Annual report on the working of the mental hospitals in the Madras Presidency - 1912-1932
Year: 1912
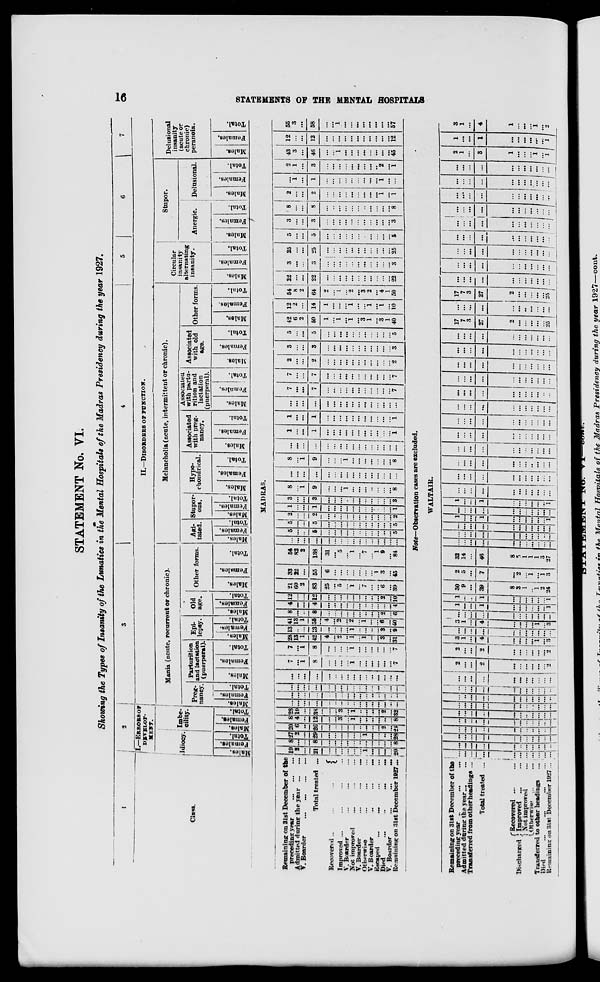
16
STATEMENTS OF THE MENTAL HOSPITALS
STATEMENT No. VI.
Showing the Types of Insanity of the Lunatics in the Mental Hospitals of the Madras Presidency during the year 1927.
1
Class.
2
I.—ERRORS OF
DEVELOP¬
MENT.
Idiocy.
Males.
Females.
Total.
Imbe¬
cility.
Males.
Females.
Total.
3
4
5
6
7
II.—DISORDERS OF FUNCTION.
Mania (acute, recurrent or chronic).
Preg-
nancy
Males.
Females.
Total.
Parturition
and lactation
(puerperal)
Males.
Females.
Total.
Epi-
lepsy.
Males.
Females.
Total.
Old
age.
Males.
Females.
Total.
Other forms.
Males.
Females.
Total.
Melancholia (acute, intermittent or chronic).
Agi-
tated.
Males.
Females.
Total.
Stupor¬
ous.
Males.
Females.
Total.
Hypo¬
chondrical.
Males.
Females.
Total.
Associated
with preg-
nancy.
Males.
Females.
Total.
Associated
with partu-
rition and
lactation
(puerperal).
Males.
Females.
Total.
Associated
with old
age.
Males.
Females.
Total.
Other forms
Males.
Females.
Total.
Circular
insanity
alternating
insanity.
Males.
Females.
Total.
Stupor.
Anergic.
Males.
Females.
Total.
Delusional.
Males.
Females.
Total.
Delusional
insanity
(acute or
chronic)
peranoia.
Males.
Females.
Total.
MADRAS.
Remaining on 31st December of the
preceding year
...
...
...
Admitted during the year ... ...
V. Boarder
...
...
...
Total treated ...
Recovered ..
...
...
Improved ... ... ...
V. Boarder ... ... ...
Not improved ... ... ...
V. Boarder
...
...
...
Otherwise
...
...
...
V. Boarder
...
...
...
Escaped
... ... ...
Died
...
..
...
V. Boarder
...
...
...
Remaining on 31st December 1927.
19
2
...
21
...
...
...
...
...
...
1
...
...
...
...
20
8
...
...
8
...
...
...
...
...
...
...
...
...
...
...
8
27
2
...
29
...
...
...
...
...
...
1
...
...
...
...
28
20
6
...
26
...
...
...
...
...
...
...
...
...
2
...
24
8
4
...
12
...
...
3
...
1
...
...
...
...
...
...
8
28
10
...
38
...
...
3
...
1
..
...
...
...
2
...
32
...
...
...
...
...
...
...
..
...
...
...
..
...
...
...
...
...
...
...
...
...
...
...
...
...
...
...
...
...
...
...
...
...
...
...
...
...
...
...
...
...
...
...
...
...
...
...
...
...
...
...
...
...
...
...
...
...
...
...
...
...
...
...
...
7
...
1
8
...
...
...
...
1
...
...
...
...
...
...
7
7
...
1
8
...
...
...
...
1
...
...
...
...
...
...
7
28
13
1
42
4
...
2
...
1
...
1
..
...
3
...
31
13
...
...
13
...
...
...
...
1
...
...
..
...
3
...
9
41
13
1
55
4
...
2
...
2
...
1
...
...
6
...
40
8
...
...
8
...
...
...
...
...
...
...
...
...
2
...
6
4
...
...
4
...
...
...
...
...
...
..
...
...
...
...
4
12
...
...
12
...
...
...
...
...
...
...
...
...
2
...
10
21
60
2
83
25
...
5
...
1
...
7
...
...
6
...
39
33
22
...
55
6
...
...
...
...
...
...
...
1
3
...
45
54
82
2
138
31
...
5
...
1
...
7
... 1
9
...
84
...
...
...
...
...
...
...
...
...
...
...
...
...
...
...
...
5
...
...
5
...
...
...
...
...
..
...
...
...
...
...
5
5
...
...
5
...
...
...
...
...
...
...
...
...
...
...
5
2
...
...
2
...
...
...
...
...
...
...
...
...
...
...
2
1
...
...
1
...
...
...
...
...
...
...
...
...
...
...
1
3
...
...
3
...
...
...
...
...
...
...
...
...
...
...
3
8
...
1
9
...
...
...
1
...
...
...
...
...
...
...
8
...
...
...
...
...
...
...
...
...
...
...
...
...
...
...
...
8
...
1
9
...
...
...
1
...
...
...
...
...
...
...
8
...
...
...
...
...
...
...
...
...
...
...
...
...
...
...
...
1
...
...
1
...
...
...
...
...
...
...
...
...
...
...
1
1
...
...
1
...
...
...
...
...
...
...
...
...
...
...
1
...
...
...
...
...
...
...
...
...
...
...
...
...
...
...
...
7
...
...
7
...
...
...
...
...
...
...
...
...
...
...
7
7
...
...
7
...
...
...
...
...
...
...
...
...
...
...
7
2
...
...
2
...
...
...
...
...
...
...
...
...
...
...
2
3
...
...
3
...
...
...
...
...
...
...
...
...
...
...
3
5
...
...
5
...
...
...
...
...
...
...
...
...
...
...
5
42
6
2
50
1
...
1
...
1
...
3
1
...
3
1
40
12
2
...
14
1
...
...
...
1
...
...
1
...
1
...
10
54
8
2
64
2
...
1
...
2
...
3
2
...
4
1
50
22
...
...
22
...
...
...
...
...
...
...
...
...
...
...
22
3
...
...
3
...
...
...
...
...
...
...
...
...
...
...
3
25
...
...
25
...
...
...
...
...
...
...
...
...
...
...
25
5
...
...
5
...
...
...
...
...
...
...
...
...
...
...
5
3
...
...
3
...
...
...
...
...
...
...
...
...
...
...
3
8
...
...
8
...
...
...
...
...
...
...
...
...
...
...
8
2
...
...
2
...
...
...
...
...
...
...
...
...
1
...
1
...
1
...
1
...
...
...
...
...
...
...
...
...
1
...
...
2
1
...
3
...
...
...
...
...
...
...
...
...
2
...
1
43
3
...
46
...
...
1
...
...
...
...
...
...
...
...
45
12
...
...
12
...
...
...
...
...
...
...
...
...
...
...
12
55
3
...
58
...
...
1
...
...
...
...
...
...
...
...
57
Note— Observation cases are excluded.
WALTAIR.
Remaining on 31st December of the
preceding year ... ... ...
Admitted during the year ... ...
Transferred from other headings ...
Total treated ... ...
Discharged ...
Recovered ... ... ...
Improved ... ... ...
Not improved ... ...
Otherwise
...
...
...
Transferred to other headings ... ...
Died
... ... ... ... ...
Remaining on 31st December 1927 ...
...
...
...
...
...
...
...
...
...
...
...
...
...
...
...
...
...
...
...
...
...
...
...
...
...
...
...
...
...
..
...
...
...
...
...
...
...
...
...
...
...
...
...
...
...
...
...
...
...
...
..
...
...
...
...
...
...
...
...
...
...
...
...
...
...
...
...
...
...
...
...
...
...
...
...
...
...
...
...
...
...
...
...
...
...
...
...
...
...
...
...
...
...
...
...
...
...
...
...
2
...
...
2
...
...
...
...
...
...
2
2
...
...
2
...
...
...
...
...
...
2
3
1
...
4
...
...
...
...
1
... 3
...
...
...
...
...
...
...
...
...
...
...
...
1
...
4
...
...
...
...
1
...
3
...
...
...
...
...
...
...
...
...
...
...
1
...
...
1
...
...
...
...
...
...
1
1
...
...
1
...
...
...
...
...
...
1
30
9
...
39
8
3
1
..
1
2
24
2
5
...
7
...
2
...
1
...
1
3
32
14
...
46
8
5
1
1
1
3
27
...
...
...
...
...
...
...
...
...
...
...
...
...
...
...
...
...
...
...
..
...
...
...
...
...
...
...
...
...
...
...
...
...
1
...
...
1
...
...
...
...
...
...
1
...
...
...
...
...
...
...
...
...
...
...
1
...
...
1
...
...
...
...
...
..
1
. . .
...
...
...
...
...
...
...
...
...
...
...
...
...
...
...
...
...
...
...
...
...
...
...
...
...
...
...
...
..
...
...
...
...
...
...
...
...
...
...
...
...
...
...
...
...
...
...
...
...
...
...
...
...
...
...
...
...
...
...
...
...
...
...
...
...
...
...
...
...
...
...
...
...
...
...
...
...
...
...
...
...
...
...
...
...
..
...
...
...
...
...
...
...
...
...
...
...
...
...
...
...
...
...
...
...
...
...
...
...
...
...
...
...
...
...
...
...
...
...
...
...
...
...
...
...
...
...
...
...
...
...
17
7
3
27
2
...
...
...
...
...
25
...
...
...
...
...
...
...
...
...
...
...
17
7
3
27
2
...
...
...
...
...
25
...
...
...
...
...
...
...
...
...
...
...
...
...
...
...
...
...
...
...
...
...
...
...
...
...
...
...
...
...
...
...
...
...
...
...
...
...
...
...
...
...
...
...
...
...
...
...
...
...
...
...
...
...
...
...
...
...
...
...
...
...
...
...
...
...
...
...
...
...
...
...
...
... ...
...
...
...
...
...
...
...
...
...
...
...
...
...
...
...
...
...
...
...
...
...
...
...
...
...
2
1
...
3
1
...
...
...
1
...
1
1
...
...
1
...
...
...
...
...
...
1
3
1
...
4
1
...
...
...
1
...
2